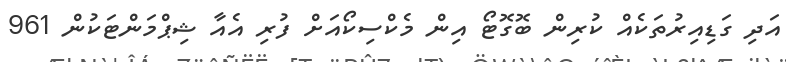
އަދި ގަޑިއިރުތަކެއް ކުރިން ބޮގޮޓޯ އިން މެކްސިކޯއަށް ފުރި އެއާ ޝިޕްމަންޓަކުން 961